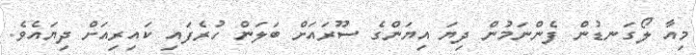
މިއާ ލޯގަނޑުން ފެންނަމުން ދިޔަ އިޔަންގެ ސޫރައަށް ބަލަން ހުރެފައި ކައިރިއަށް ދިޔައެވެ.